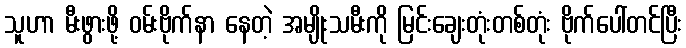
သူဟာ မီးဖွားဖို့ ဝမ်းဗိုက်နာ နေတဲ့ အမျိုးသမီးကို မြင်းချေးတုံးတစ်တုံး ဗိုက်ပေါ်တင်ပြီး